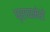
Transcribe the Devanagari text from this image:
प्रायमेरो